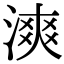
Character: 漺